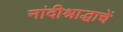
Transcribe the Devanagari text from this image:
नांदीश्राद्धाचें